Language: tamil
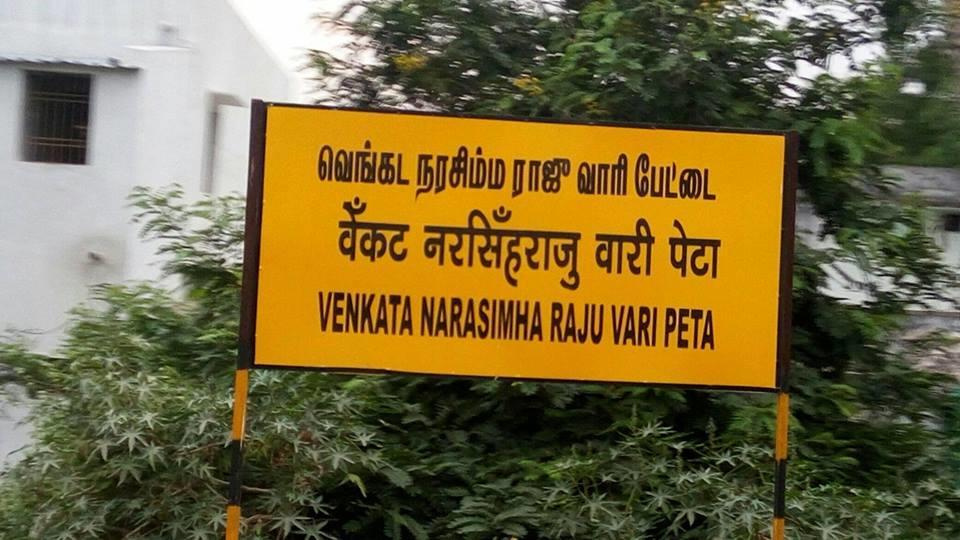
Transcription: ராஜு வாரி பேட்டை வெங்கட நரசிம்ம